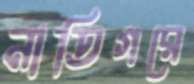
নাতিগরে